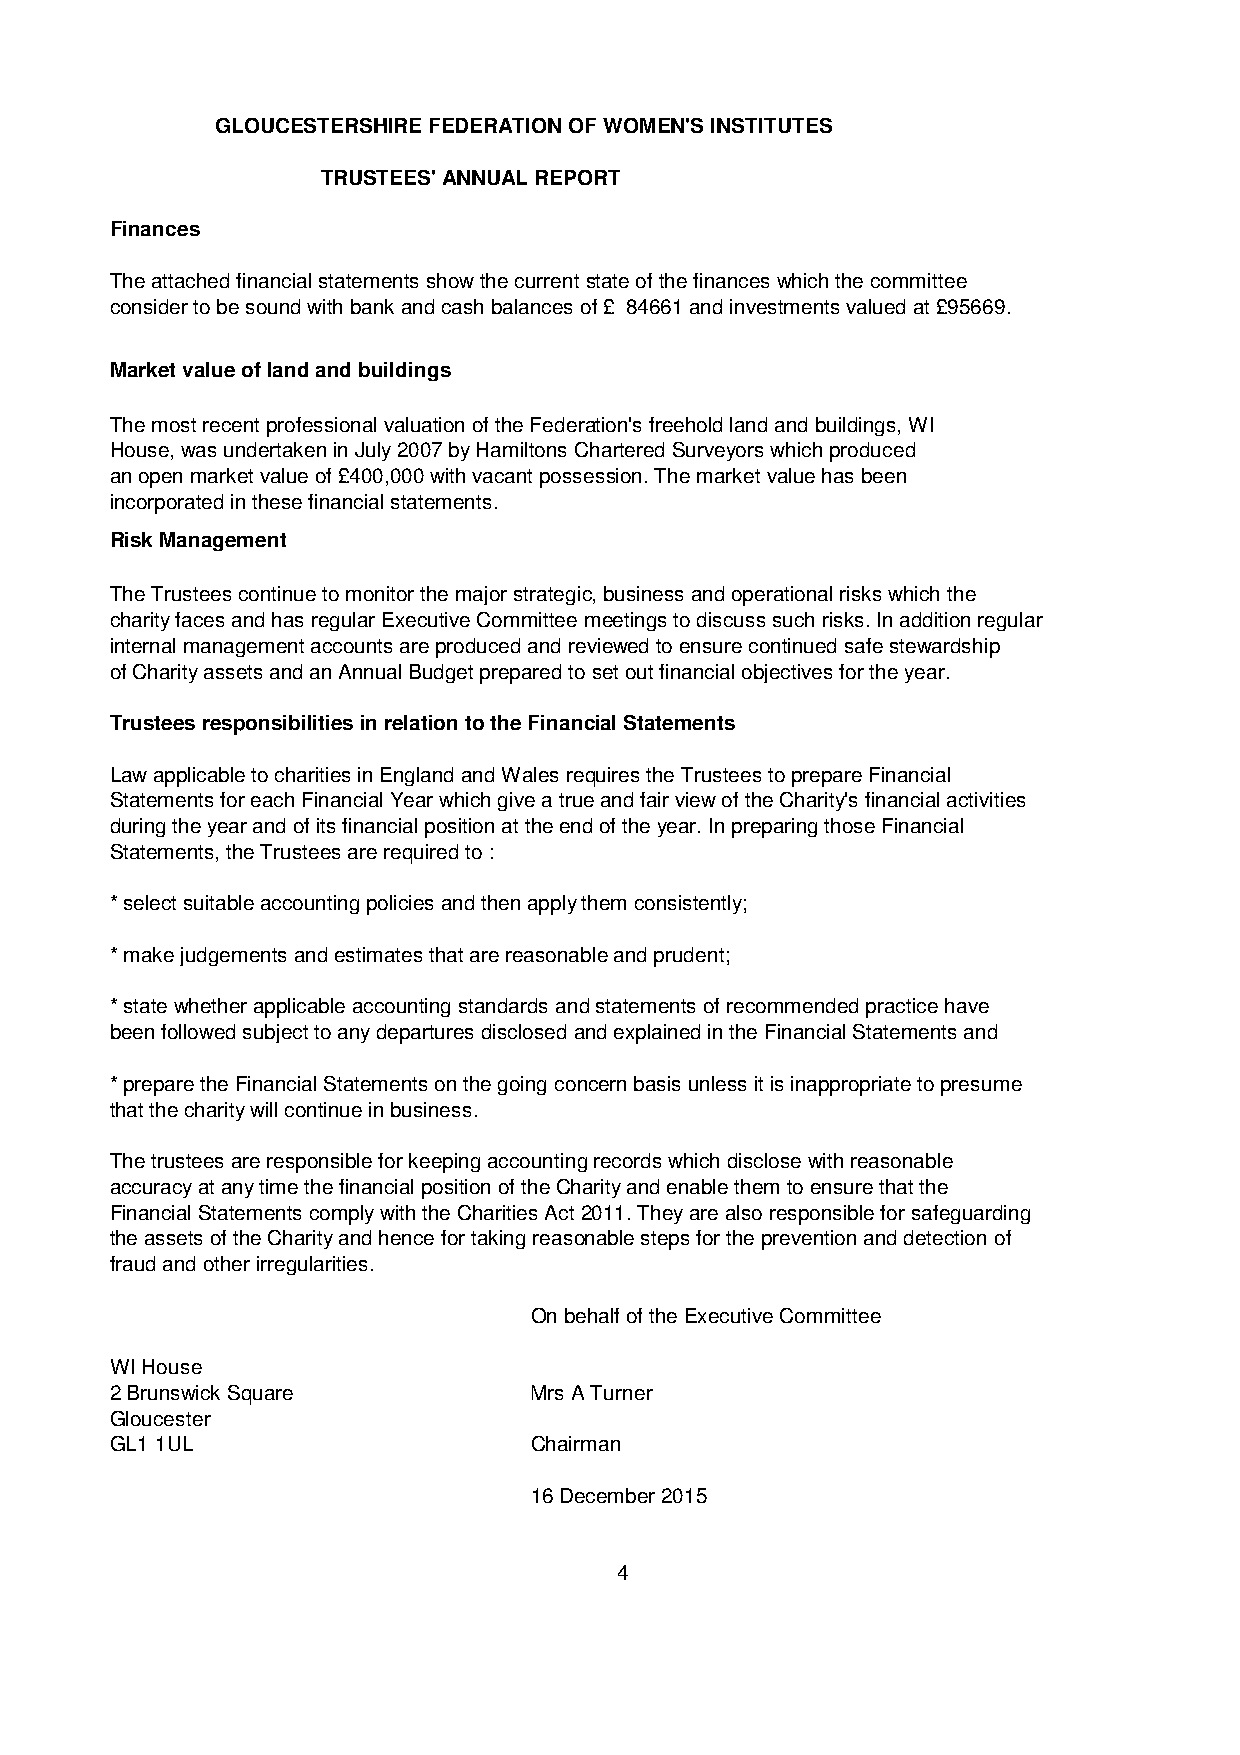
GLOUCESTERSHIRE FEDERATION OF WOMEN'S INSTITUTES
 TRUSTEES' ANNUAL REPORT
 Finances
 The attached financial statements show the current state of the finances which the committee
 consider to be sound with bank and cash balances of £ 84661 and investments valued at £95669.
 Market value of land and buildings
 The most recent professional valuation of the Federation's freehold land and buildings, WI
 House, was undertaken in July 2007 by Hamiltons Chartered Surveyors which produced
 an open market value of £400,000 with vacant possession. The market value has been
 incorporated in these financial statements.
 Risk Management
 The Trustees continue to monitor the major strategic, business and operational risks which the
 charity faces and has regular Executive Committee meetings to discuss such risks. In addition regular
 internal management accounts are produced and reviewed to ensure continued safe stewardship
 of Charity assets and an Annual Budget prepared to set out financial objectives for the year.
 Trustees responsibilities in relation to the Financial Statements
 Law applicable to charities in England and Wales requires the Trustees to prepare Financial
 Statements for each Financial Year which give a true and fair view of the Charity's financial activities
 during the year and of its financial position at the end of the year. In preparing those Financial
 Statements, the Trustees are required to :
 * select suitable accounting policies and then apply them consistently;
 * make judgements and estimates that are reasonable and prudent;
 * state whether applicable accounting standards and statements of recommended practice have
 been followed subject to any departures disclosed and explained in the Financial Statements and
 * prepare the Financial Statements on the going concern basis unless it is inappropriate to presume
 that the charity will continue in business.
 The trustees are responsible for keeping accounting records which disclose with reasonable
 accuracy at any time the financial position of the Charity and enable them to ensure that the
 Financial Statements comply with the Charities Act 2011. They are also responsible for safeguarding
 the assets of the Charity and hence for taking reasonable steps for the prevention and detection of
 fraud and other irregularities.
 On behalf of the Executive Committee
 WI House
 2 Brunswick Square          Mrs A Turner
 Gloucester
 GL1 1UL                     Chairman
 16 December 2015
 4